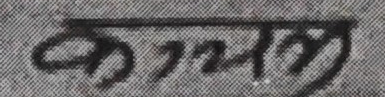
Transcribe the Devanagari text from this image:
क्रमणम्